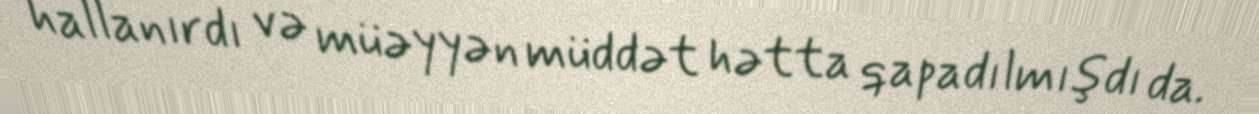
hallanırdı və müəyyən müddət hətta qapadılmışdı da.